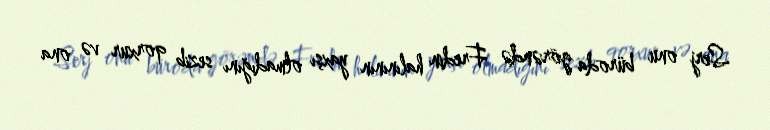
Serj onu büroda görəndə Fredin halınının yaxşı olmadığını sezib qorxur və ona